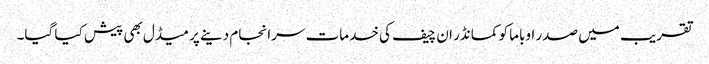
تقریب میں صدر اوباما کو کمانڈر ان چیف کی خدمات سرانجام دینے پر میڈل بھی پیش کیا گیا۔